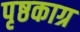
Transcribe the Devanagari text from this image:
पृष्ठकाग्र